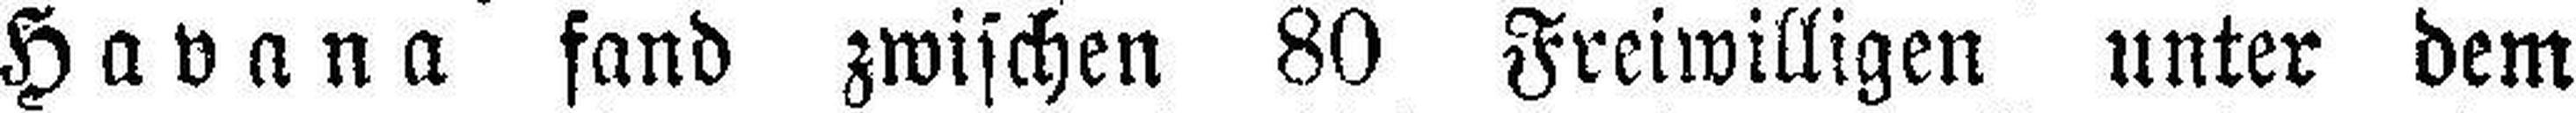
Havana fand zwischen 80 Freiwilligen unter dem